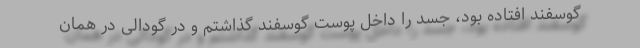
گوسفند افتاده بود، جسد را داخل پوست گوسفند گذاشتم و در گودالی در همان